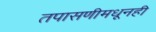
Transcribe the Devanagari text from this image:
तपासणीमधूनही